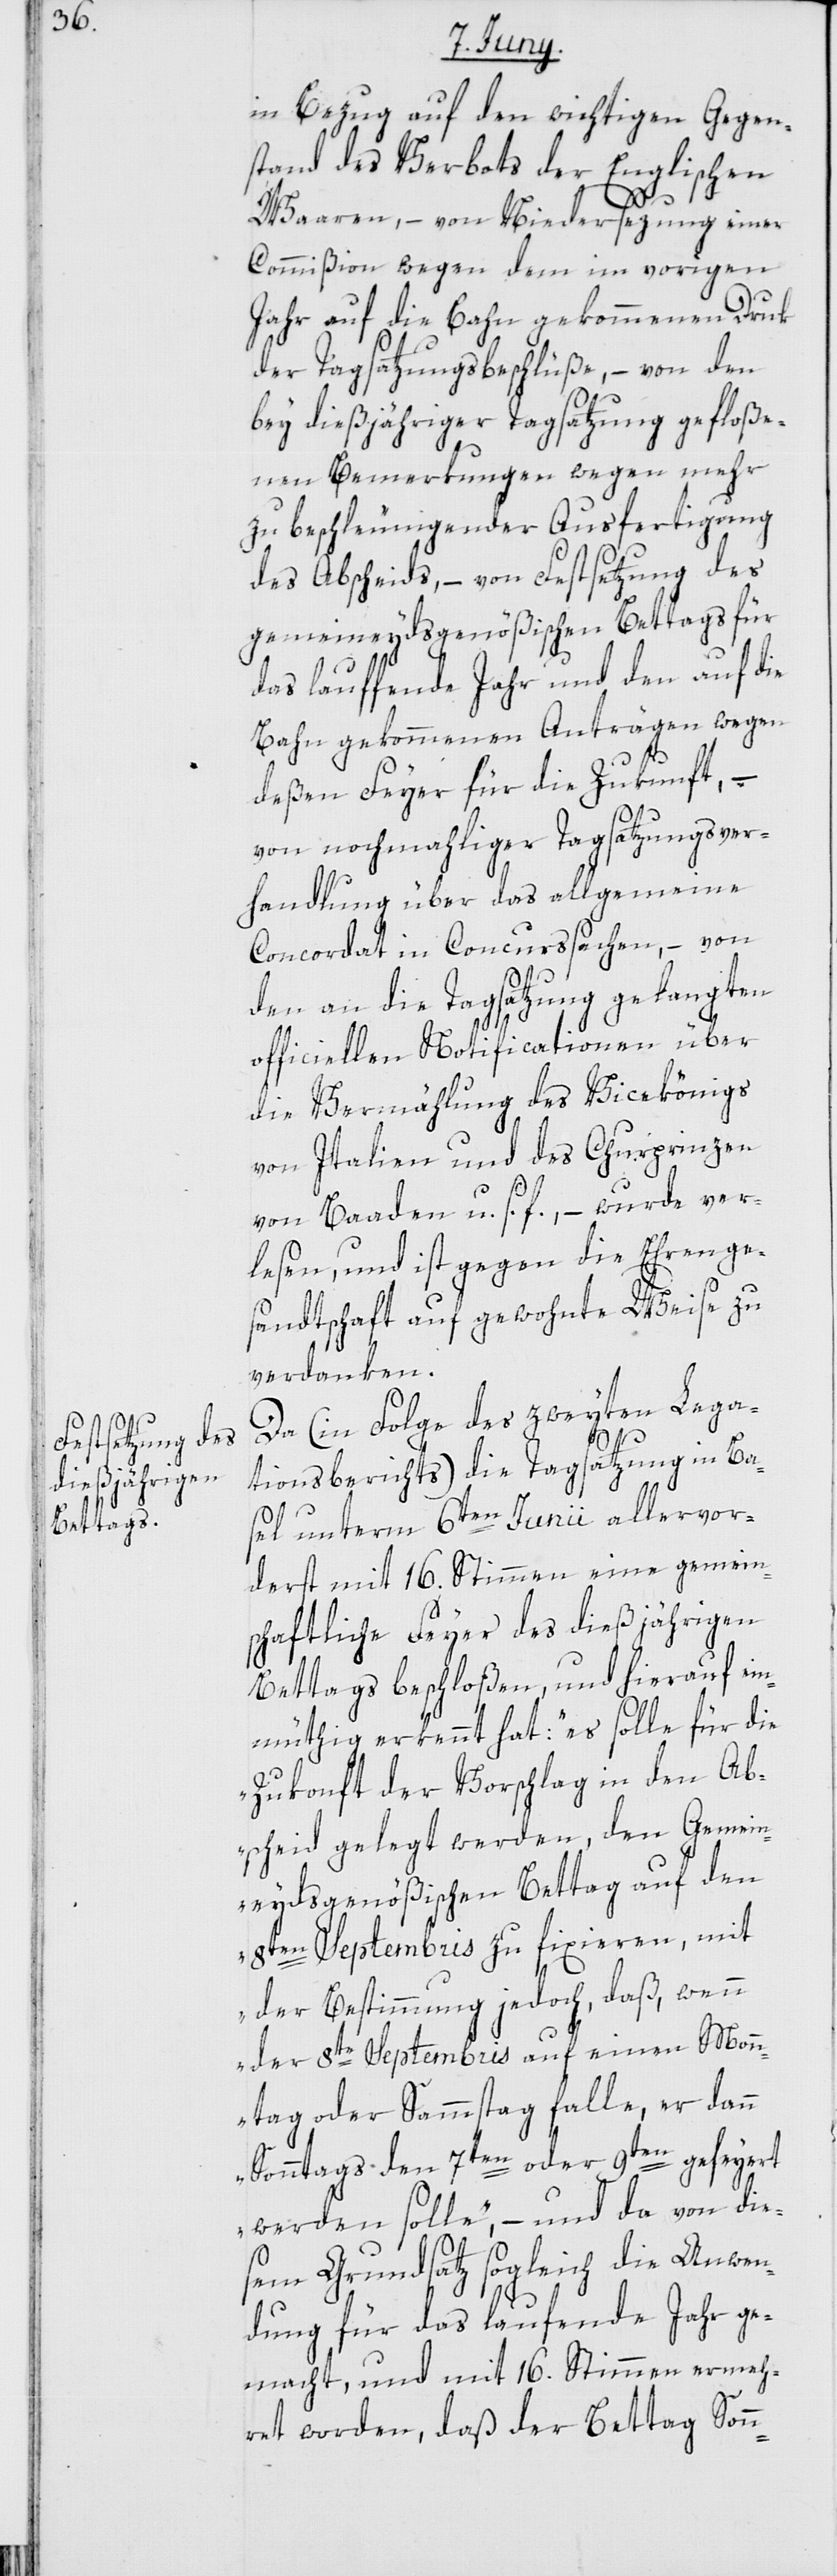
in Bezug auf den wichtigen Gegen¬
stand des Verbots der Englischen
Waaren, – von Niedersezung einer
Commißion wegen dem im vorigen
Jahr auf die Bahn gekommenen Druk
der Tagsatzungsbeschlüße, – von den
bey dießjähriger Tagsatzung gefloße¬
nen Bemerkungen wegen mehr
zu beschleunigender Ausfertigung
des Abscheids, – von Festsetzung des
gemeineydsgenößischen Bettags für
s¬
das lauffende Jahr und den auf die
Bahn gekommenen Anträgen wegen
deßen Feyer für die Zukunft, –
von nochmahliger Tagsatzungsver¬
handlung über das allgemeine
Concordat in Concurssachen, – von
den an die Tagsatzung gelangten
officiellen Notificationen über
die Vermählung des Vicekönigs
von Italien und des Churprinzen
von Baaden, u. s. f. – wurde ver¬
lesen, und ist gegen die Ehrenge¬
sandtschaft auf gewohnte Weise zu
verdanken.
Da (in Folge des zweyten Lega¬
tionsberichts) die Tagsatzung in Ba¬
den unterm 6ten Junii allervor¬
derst mit 16. Stimmen eine gemein¬
chaftliche Feyer des dießjährigen
Bettags beschloßen, und hierauf ein¬
müthig erkennt hat: „es solle für die
Zukonft der Vorschlag in den Ab¬
scheid gelegt werden, den Gemein¬
eydsgenößischen Bettag auf den
8ten Septembris zu fixieren, mit
der Bestimmung jedoch, daß wenn
der 8te Septembris auf einen Mon¬
ntag oder Sammstag falle, er dann
Sonntags den 7ten oder 9ten gefeyert
werden solle,“ – und da von die¬
sem Grundsatz sogleich die Anwen¬
dung für das laufende Jahr ge¬
macht und mit 16. Stimmen ermeh¬
ret worden, daß der Bettag Sonn-